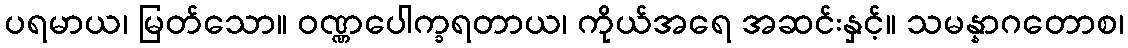
ပရမာယ၊ မြတ်သော။ ဝဏ္ဏပေါက္ခရတာယ၊ ကိုယ်အရေ အဆင်းနှင့်။ သမန္နာဂတောစ၊